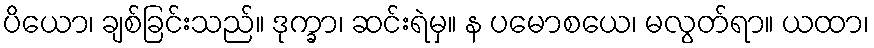
ပိယော၊ ချစ်ခြင်းသည်။ ဒုက္ခာ၊ ဆင်းရဲမှ။ န ပမောစယေ၊ မလွတ်ရာ။ ယထာ၊